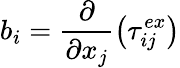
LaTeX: b_{i}=\frac{\partial}{\partial x_{j}}\left(\tau_{ij}^{ex}\right)